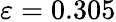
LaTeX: \varepsilon=0.305